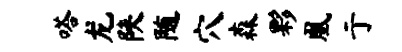
嗒龙陕随穴森夥凰亍